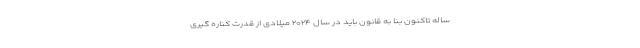
ساله تاکنون بنا به قانون باید در سال ۲۰۲۴ میلادی از قدرت کناره گیری